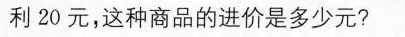
利20元，这种商品的进价是多少元?